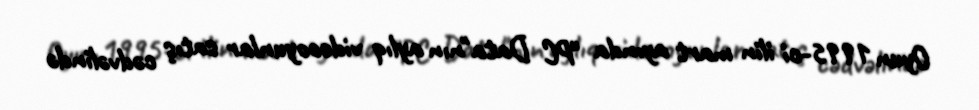
Oyun 1995-ci ilin mart ayında "PC Data"nın aylıq videooyunlar satış cədvəlində